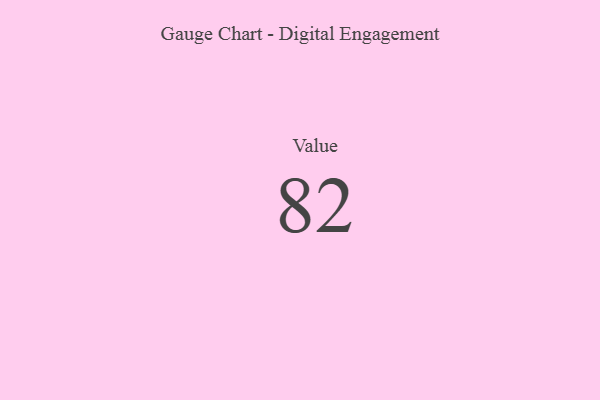
{"axis": {"x": "Metric", "y": "Value"}, "legend": [""], "data": [{"x": "Value", "y": 82, "type": ""}]}